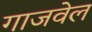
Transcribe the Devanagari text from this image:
गाजवेल